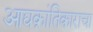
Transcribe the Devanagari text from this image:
आद्यक्रांतिकाराचा